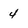
Character: 4